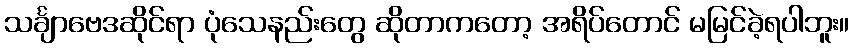
သင်္ချာဗေဒဆိုင်ရာ ပုံသေနည်းတွေ ဆိုတာကတော့ အရိပ်တောင် မမြင်ခဲ့ရပါဘူး။